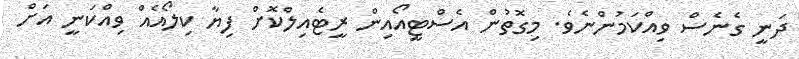
ދަނީ ގެނެސް ވިއްކަމުންނެވެ. މިގޮތުން އެސްޓީއޯއިން ރީޓެއިލްކޮށް ފިޔާ ކިލޯއެއް ވިއްކަނީ އަށް